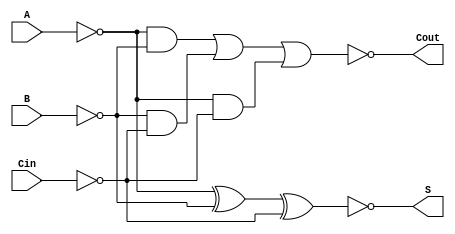
module Negative_Circuit_Full_Adder (
    input wire A,     // First input bit (active low)
    input wire B,     // Second input bit (active low)
    input wire Cin,   // Carry-in bit (active low)
    output wire S,    // Sum output bit (active low)
    output wire Cout   // Carry-out output bit (active low)
);

    // Intermediate signals
    wire A_not, B_not, Cin_not;
    wire sum_xor, carry_or;

    // Invert inputs for active-low logic
    not (A_not, A);
    not (B_not, B);
    not (Cin_not, Cin);

    // Sum output: S = NOT(A XOR B XOR Cin)
    assign sum_xor = A_not ^ B_not ^ Cin_not; // XOR operation
    not (S, sum_xor); // Invert to get active-low

    // Carry-out output: Cout = NOT((A AND B) OR (B AND Cin) OR (A AND Cin))
    wire AB_and, BCin_and, ACin_and;

    and (AB_and, A_not, B_not); // A AND B
    and (BCin_and, B_not, Cin_not); // B AND Cin
    and (ACin_and, A_not, Cin_not); // A AND Cin

    // OR the results of the AND gates
    or (carry_or, AB_and, BCin_and, ACin_and);
    not (Cout, carry_or); // Invert to get active-low

endmodule